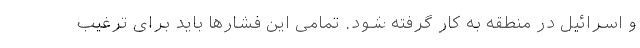
و اسرائیل در منطقه به کار گرفته شود. تمامی این فشارها باید برای ترغیب